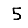
Digit: 5